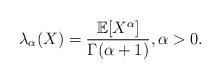
LaTeX: \begin{align*}\lambda_{\alpha} (X)=\frac{\mathbb{E}[X^{\alpha}]}{\Gamma(\alpha+1)},\alpha>0.\end{align*}